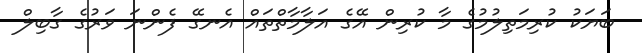
ބަޔަކު ކުރިމަތިލުމުގެ މާ ކުރިން އޭގެ އަލާމާތްތައް އެނގޭ ފެންނަ ވަރުގެ ގާބިލް